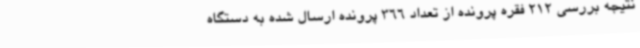
نتیجه بررسی 212 فقره پرونده از تعداد 366 پرونده ارسال شده به دستگاه